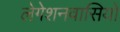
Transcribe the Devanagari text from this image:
लेगेशनवासियों